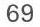
69